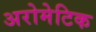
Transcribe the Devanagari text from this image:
अरोमेटिक